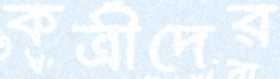
কর্ত্রীদের